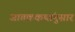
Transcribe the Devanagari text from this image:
जातककथांनुसार